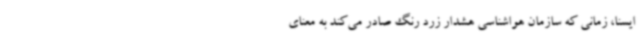
ایسنا، زمانی که سازمان هواشناسی هشدار زرد رنگ صادر می‌کند به معنای